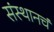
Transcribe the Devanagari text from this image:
संस्थानचं